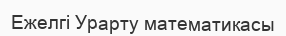
Ежелгі Урарту математикасы